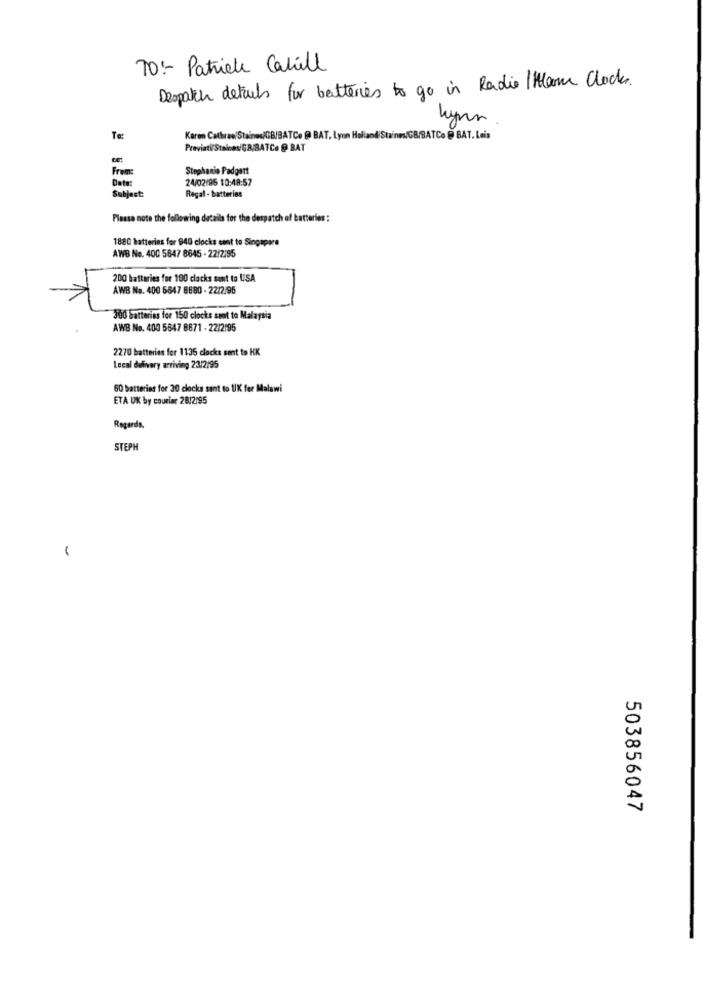
70 :- Patricle Cahill
Despatch details for batteries to go in Radio / Ham Clocks.
lynn
Te
Karen Cathree/Staines/GB/BATCe @ BAT, Lynn Holland Staines/GB/BATCo @ BAT, Leis
Previati/Staines/GB/BATCe @ BAT
Stephanie Padgett
Date:
From:
24/02/95 10:48:57
Subject:
Regal - batteries
Please note the following details for the despatch of batteries :
1880 batteries for 940 clocks sant to Singapore
AWB No. 400 5847 8645 - 22/2/95
200 batteries for 100 clocks sent to USA
AWB No. 400 6847 8680 - 22/2/96
300 Satteries for 150 clocks sont to Malaysia
AWB No. 400 5847 8871 - 22/2195
2270 batteries fer 1135 clocks sent to KK
Local delivery arriving 23/2/95
60 batteries for 30 clocks sant to UK fer Malawi
ETA UK by courier 28/2/95
Regards,
STEPH
503856047